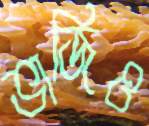
ভাজিও